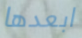
ابعدها